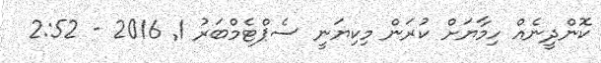
ކޮންދީނެއް ހިމާޔަށް ކުރަން މިކިޔަނީ ސެޕްޓެމްބަރު 1